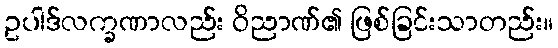
ဥပါဒ်လက္ခဏာလည်း ဝိညာဏ်၏ ဖြစ်ခြင်းသာတည်း။